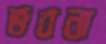
ভবনা